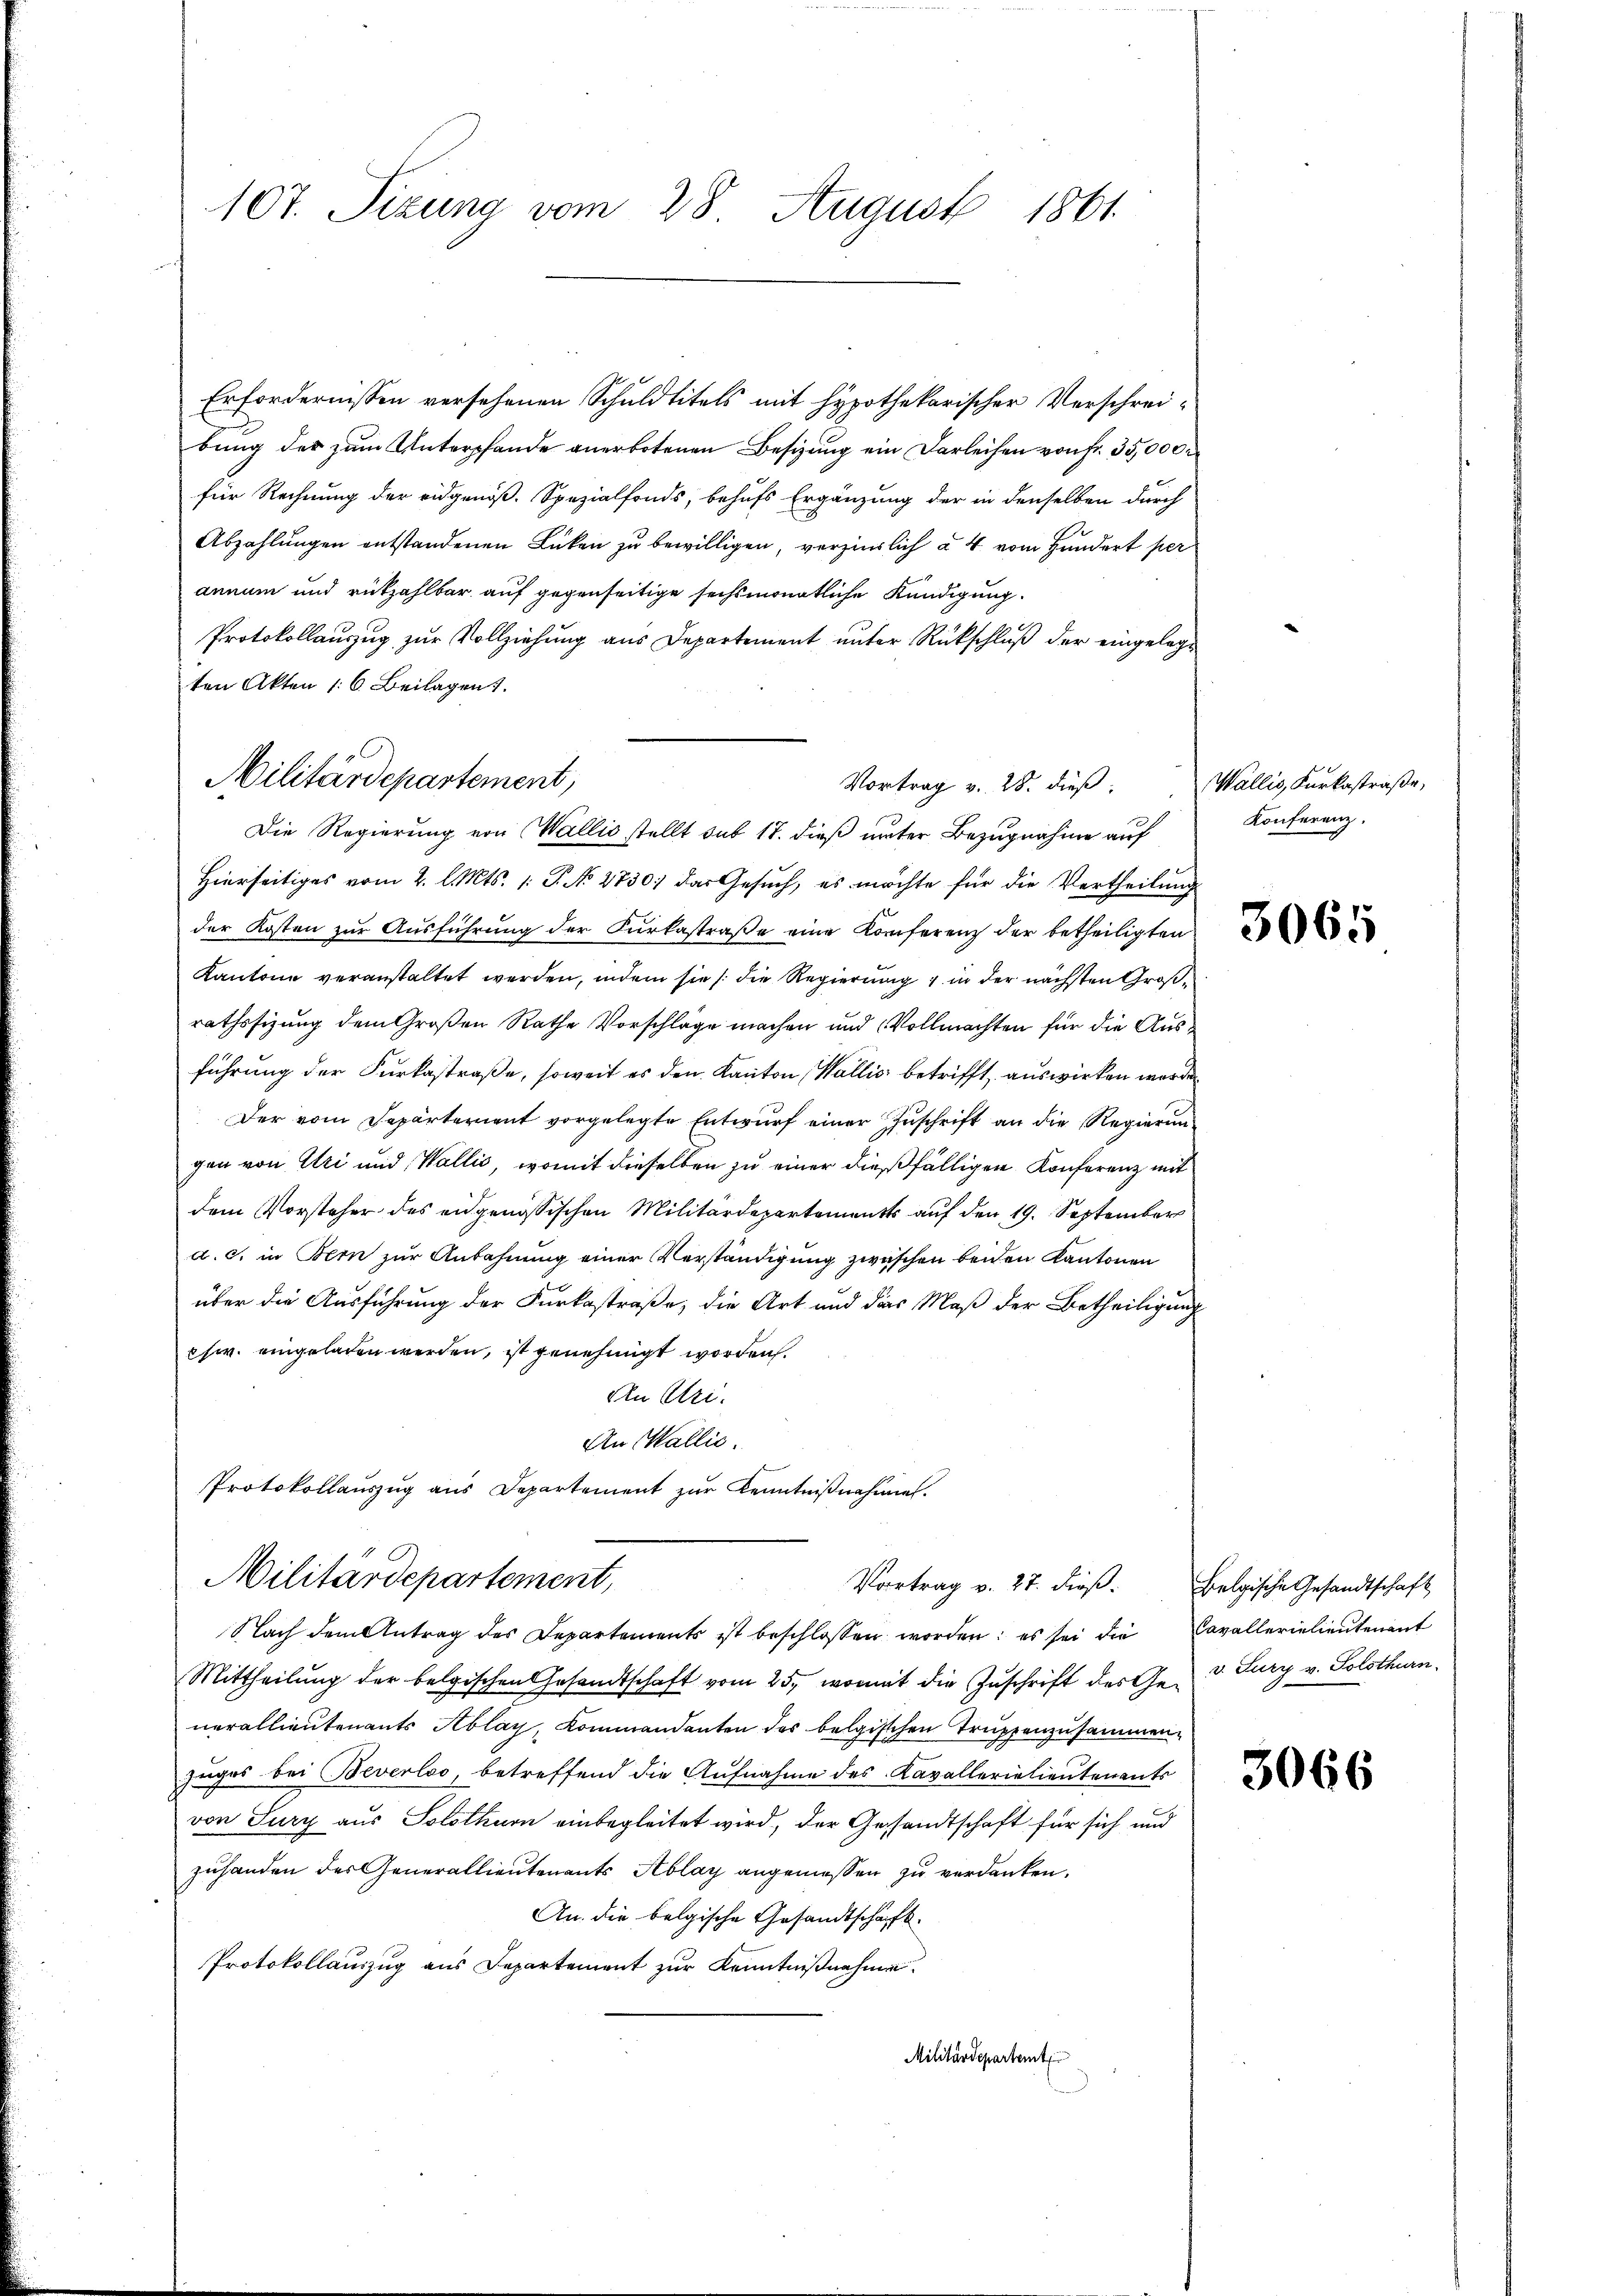
Militärdepartement,

107. Sizung vom 28. August 1861

Erfordernissen versehenen Schuldtitels mit Hypothekarischer Verschreibung des zum Unterpfände anerbotenen Besizung ein Darleihen von Fr. 35,000
für Rechnung der eidgenöß. Spezialfonds, behufs Ergänzung der in denselben durch
Abzahlungen entstandenen Lücken zu bewilligen, verzinslich à 4 vom Hundert per
annum und rückzahlbar auf gegenseitige sechsmonatliche Kündigung.
Protokollauszug zur Vollziehung aus Departement unter Rückschluß der eingelegt
ten Akten 16. Beilagen.
Die Regierung von Wallis stellt sub 17. dieß unter Bezugnahme auf
Hierseitiges vom 2. l. Mts. 1. P. No 2730; das Gesuch, es möchte für die Vertheilung
der Kosten zur Ausführung der Curkastraße eine Konferenz der betheiligten
Kantone veranstaltet werden, indem sie /: die Regierung 4 in der nächsten Großrathssizung dem Großen Rathe Vorschläge machen und Vollmachten für die Ausführung der Furkastraße, soweit es den Kanton, Wallis betrifft, auswirken werde
Der vom Departerient vorgelegte Entwurf einer Zuschrift an die Regierungen von Uri und Wallis, womit dieselben zu einer dießfälligen Konferenz mit
dem Vorsteher des eidgenössischen Militärdepartements auf den 19. September
a. c. in Bern zur Anbahnung einer Verständigung zwischen beiden Kantonen
über die Ausführung der Furkastraße, die Art und das Maß der Betheiligung
chw. eingeladen werden, ist genehmigt worden.
den Uri.
An Wallis.
Protokollauszug aus Departement zur Kenntnißnahmen.
Militärdepartement,
Vortrag v. 27. dieß.
Nach dem Antrag des Departements ist beschlossen worden; es sei die Cavallerielieutenant
Mittheilŭng der belgischen Gesandtschaft vom 25. womit die Zŭschrift des Ge- 3. Jury v. Solothurn.
nerallieutenants Ablag, Kommandenten des belgischen Truppenzusammenzuges bei Beverloo, betreffend die Aufnahme des Kavallerielieutenants
von Sury aus Solothurn einbegleitet wird, der Gesandtschaft für sich und
zuhanden der Generallieutenants Ablay angemessen zu verdanken.
An die belgische Gesandtschaft.
Protokollauszug aus Departement zur Kenntnißnahmen.
Militärdepartemt

Vortrag v. 28. dieß:

Wallis, Kurkastraße,
Konferenz.

3065

Belgische Gesandtschaft

3066